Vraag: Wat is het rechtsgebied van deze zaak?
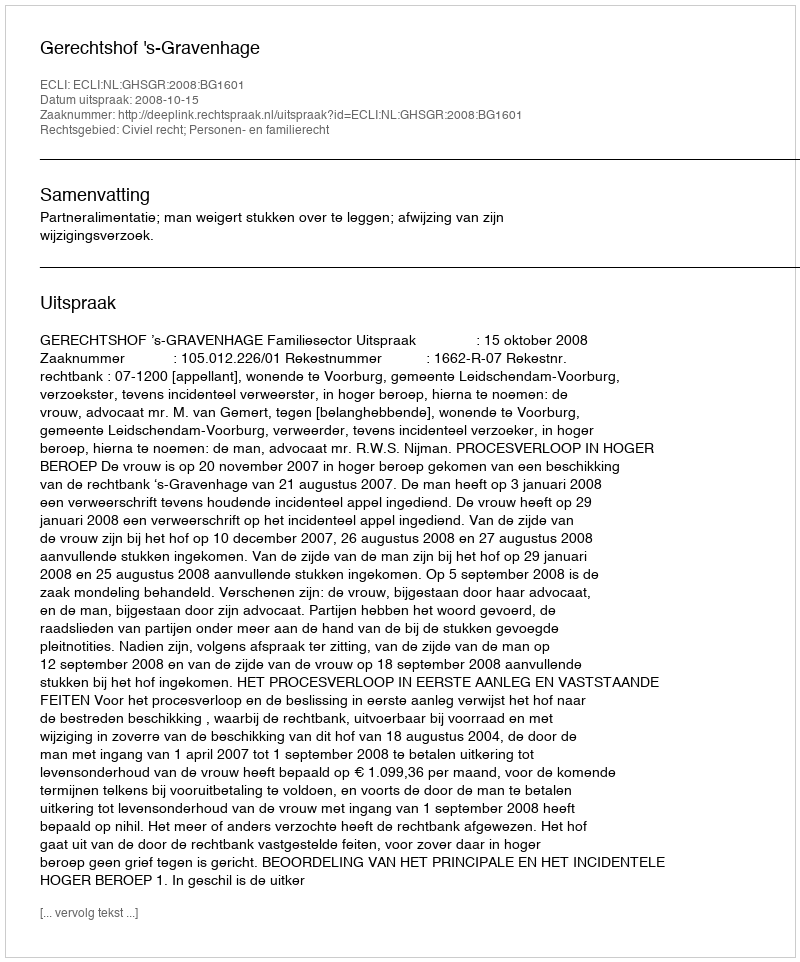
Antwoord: Civiel recht; Personen- en familierecht